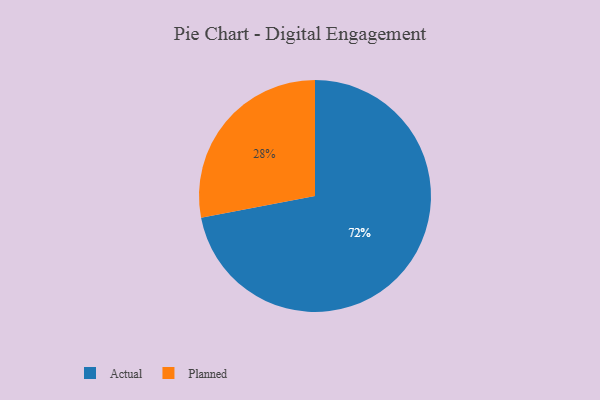
{"axis": {"x": "Category", "y": "Percentage"}, "legend": ["Actual", "Planned"], "data": [{"x": "Actual", "y": 72, "type": "Actual"}, {"x": "Planned", "y": 28, "type": "Planned"}]}